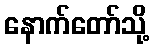
နောက်တော်သို့